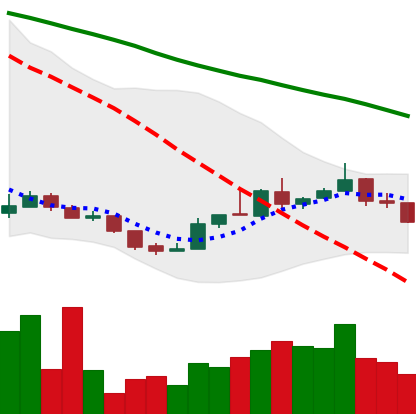
Ticker: XLM-USD
Chart end date: 2018-12-27
Forward return: 4.927%
Label: up_3_5